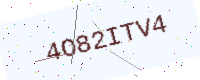
Text: 4O82ITV4